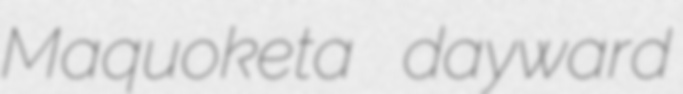
Maquoketa dayward